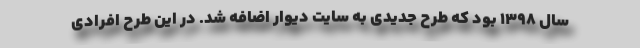
سال ۱۳۹۸ بود که طرح جدیدی به سایت دیوار اضافه شد. در این طرح افرادی